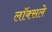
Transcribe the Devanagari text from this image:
लॉक्सले